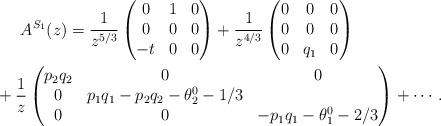
LaTeX: \begin{gather*}A^{S_1}(z)=\frac{1}{z^{5/3}}\begin{pmatrix} 0 & 1 & 0 \\ 0 & 0 & 0 \\ -t & 0 & 0 \end{pmatrix}+\frac{1}{z^{4/3}} \begin{pmatrix} 0 & 0 & 0 \\ 0 & 0 & 0 \\ 0 & q_1 & 0 \end{pmatrix}\\\hphantom{A^{S_1}(z)=}{} +\frac{1}{z}\begin{pmatrix} p_2q_2 & 0 & 0 \\ 0 & p_1q_1-p_2q_2-\theta^0_2-1/3 \\ 0 & 0 & -p_1q_1-\theta^0_1-2/3 \end{pmatrix}+\cdots.\end{gather*}